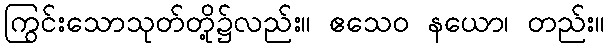
ကြွင်းသောသုတ်တို့၌လည်း။ ဧသေဝ နယော၊ တည်း။